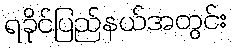
ရခိုင်ပြည်နယ်အတွင်း